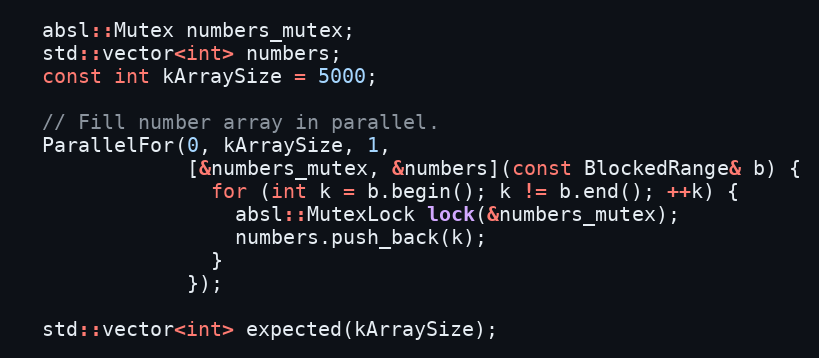
Language: C++
  absl::Mutex numbers_mutex;
  std::vector<int> numbers;
  const int kArraySize = 5000;

  // Fill number array in parallel.
  ParallelFor(0, kArraySize, 1,
              [&numbers_mutex, &numbers](const BlockedRange& b) {
                for (int k = b.begin(); k != b.end(); ++k) {
                  absl::MutexLock lock(&numbers_mutex);
                  numbers.push_back(k);
                }
              });

  std::vector<int> expected(kArraySize);